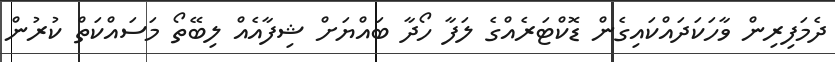
ދެމަފިރިން ވާހަކަދައްކައިގެން ޑޮކްޓަރެއްގެ ލަފާ ހޯދާ ބައްޔަށް ޝިފާއެއް ލިބޭތޯ މަސައްކަތް ކުރުން